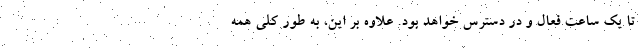
تا یک ساعت فعال و در دسترس خواهد بود. علاوه بر این، به طور کلی همه